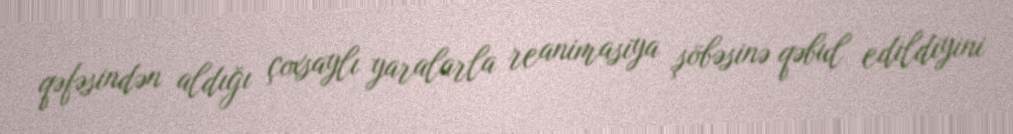
qəfəsindən aldığı çoxsaylı yaralarla reanimasiya şöbəsinə qəbul edildiyini